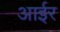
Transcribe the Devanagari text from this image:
आईर